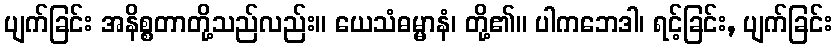
ပျက်ခြင်း အနိစ္စတာတို့သည်လည်း။ ယေသံဓမ္မာနံ၊ တို့၏။ ပါကဘေဒါ၊ ရင့်ခြင်း, ပျက်ခြင်း